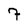
Character: 7